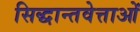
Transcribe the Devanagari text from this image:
सिद्धान्तवेत्ताओं